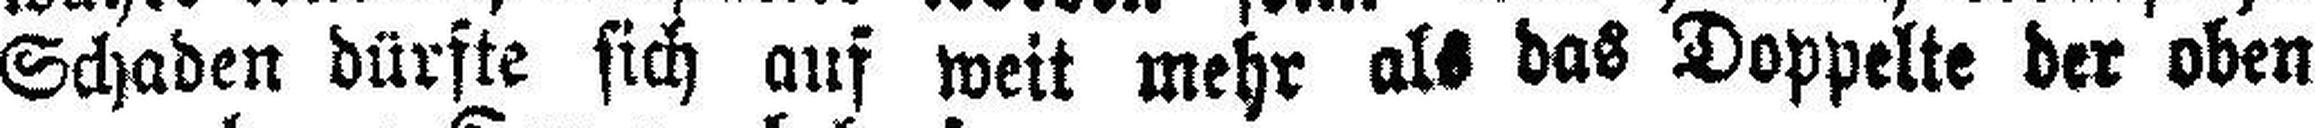
Schaden dürfte sich auf weit mehr als das Doppelte der oben